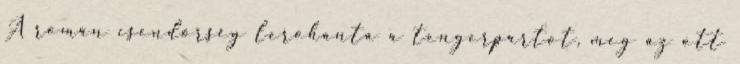
A román csendőrség lerohanta a tengerpartot, meg az ott